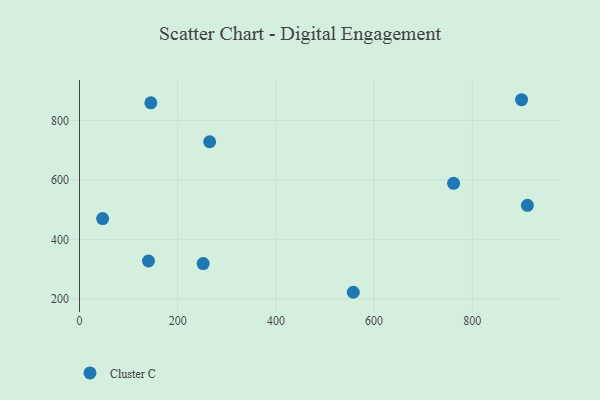
{"axis": {"x": "Study Hours", "y": "Salary"}, "legend": ["Cluster C"], "data": [{"x": "912.2", "y": 514.3, "type": "Cluster C"}, {"x": "900.4", "y": 869.8, "type": "Cluster C"}, {"x": "145.3", "y": 859.4, "type": "Cluster C"}, {"x": "47.1", "y": 469.8, "type": "Cluster C"}, {"x": "265.1", "y": 728.4, "type": "Cluster C"}, {"x": "761.9", "y": 588.4, "type": "Cluster C"}, {"x": "557.6", "y": 221.8, "type": "Cluster C"}, {"x": "251.9", "y": 318.3, "type": "Cluster C"}, {"x": "140.5", "y": 327.1, "type": "Cluster C"}]}